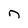
Character: n